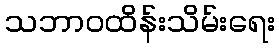
သဘာဝထိန်းသိမ်းရေး